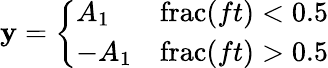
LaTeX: \mathbf{y}={\left\{ \begin{array}{ll}{A_{1}}&{\operatorname{frac}(ft)<0.5}\\ {-A_{1}}&{\operatorname{frac}(ft)>0.5}\end{array}\right.}